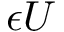
\epsilon U